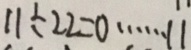
1 1 \div 2 2 = 0 \cdots 1 1